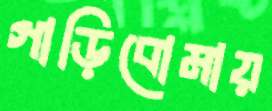
গাড়িবোমায়